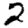
Digit: 2